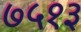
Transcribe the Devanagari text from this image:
७५१३